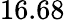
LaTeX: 16.68